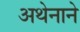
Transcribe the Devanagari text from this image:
अथेनाने